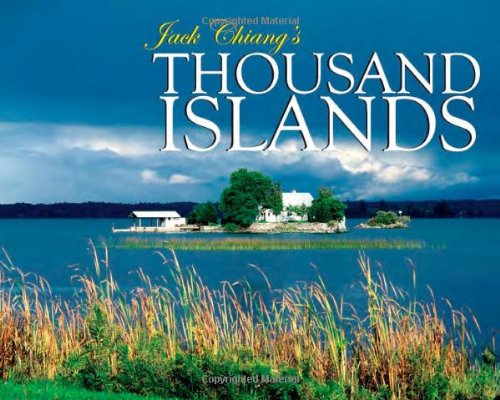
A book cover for Jack Chiang's Thousand Islands; Jack Chiang; Travel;